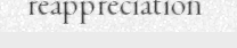
reappreciation